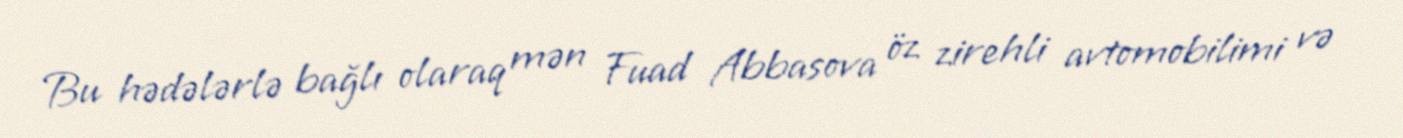
Bu hədələrlə bağlı olaraq mən Fuad Abbasova öz zirehli avtomobilimi və